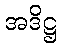
အဒိဋ္ဌ